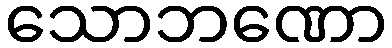
သောဘဏော